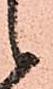
候